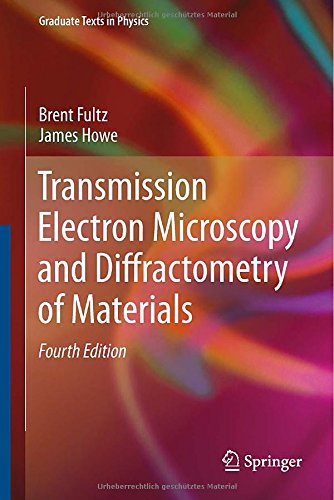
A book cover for Transmission Electron Microscopy and Diffractometry of Materials (Graduate Texts in Physics); Brent Fultz; Science & Math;